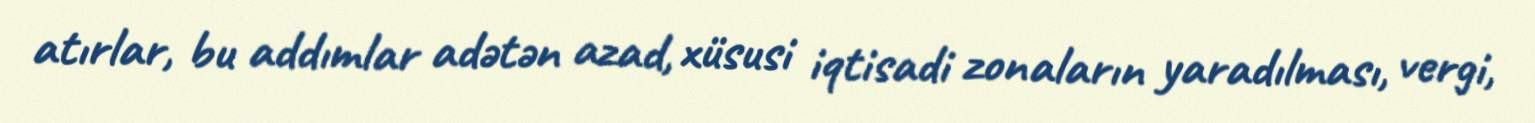
atırlar, bu addımlar adətən azad, xüsusi iqtisadi zonaların yaradılması, vergi,